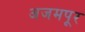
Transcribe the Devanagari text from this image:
अजमपूर